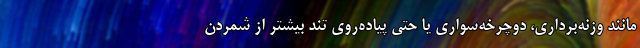
مانند وزنه‌برداری، دوچرخه‌سواری یا حتی پیاده‌رویِ تند بیشتر از شمردن